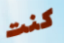
كنت